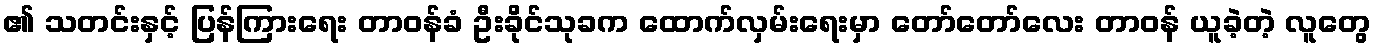
၏ သတင်းနှင့် ပြန်ကြားရေး တာဝန်ခံ ဦးခိုင်သုခက ထောက်လှမ်းရေးမှာ တော်တော်လေး တာဝန် ယူခဲ့တဲ့ လူတွေ